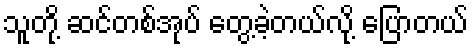
သူတို့ ဆင်တစ်အုပ် တွေ့ခဲ့တယ်လို့ ပြောတယ်